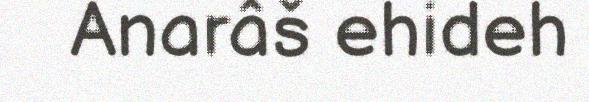
Anarâš ehideh